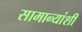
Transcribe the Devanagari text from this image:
सामान्यांशी